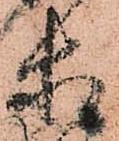
等